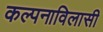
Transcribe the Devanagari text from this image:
कल्पनाविलासी